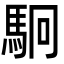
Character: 駉